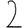
Digit: 2